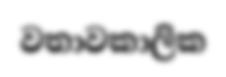
වතාවකාලික